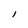
Character: l